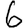
Digit: 6